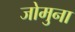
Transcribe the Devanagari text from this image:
जोमुना